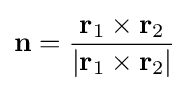
\mathbf {n} ={\frac {\mathbf {r} _{1}\times \mathbf {r} _{2}}{|\mathbf {r} _{1}\times \mathbf {r} _{2}|}}